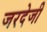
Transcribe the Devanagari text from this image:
जरदेजी